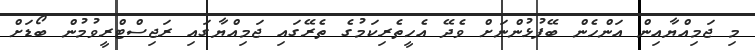
މި ޖަމިއްޔާއިން އަންހެން ބޭފުޅުންނަށް ވެދޭ އެހީތެރިކަމުގެ ތެރޭގައި ޖަމިއްޔާގައި ރަޖިސްޓްރީވުމުން ބޯޑަށް